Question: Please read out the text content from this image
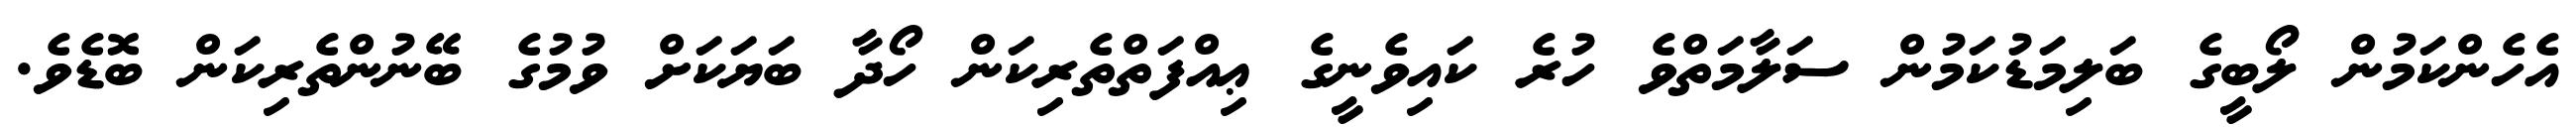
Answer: އެހެންކަމުން ލޯބީގެ ބަލިމަޑުކަމުން ސަލާމަތްވެ ހުރެ ކައިވެނީގެ ޢިއްފަތްތެރިކަން ހޯދާ ބަޔަކަށް ވުމުގެ ބޭނުންތެރިކަން ބޮޑެވެ.